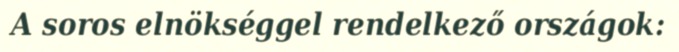
A soros elnökséggel rendelkező országok: